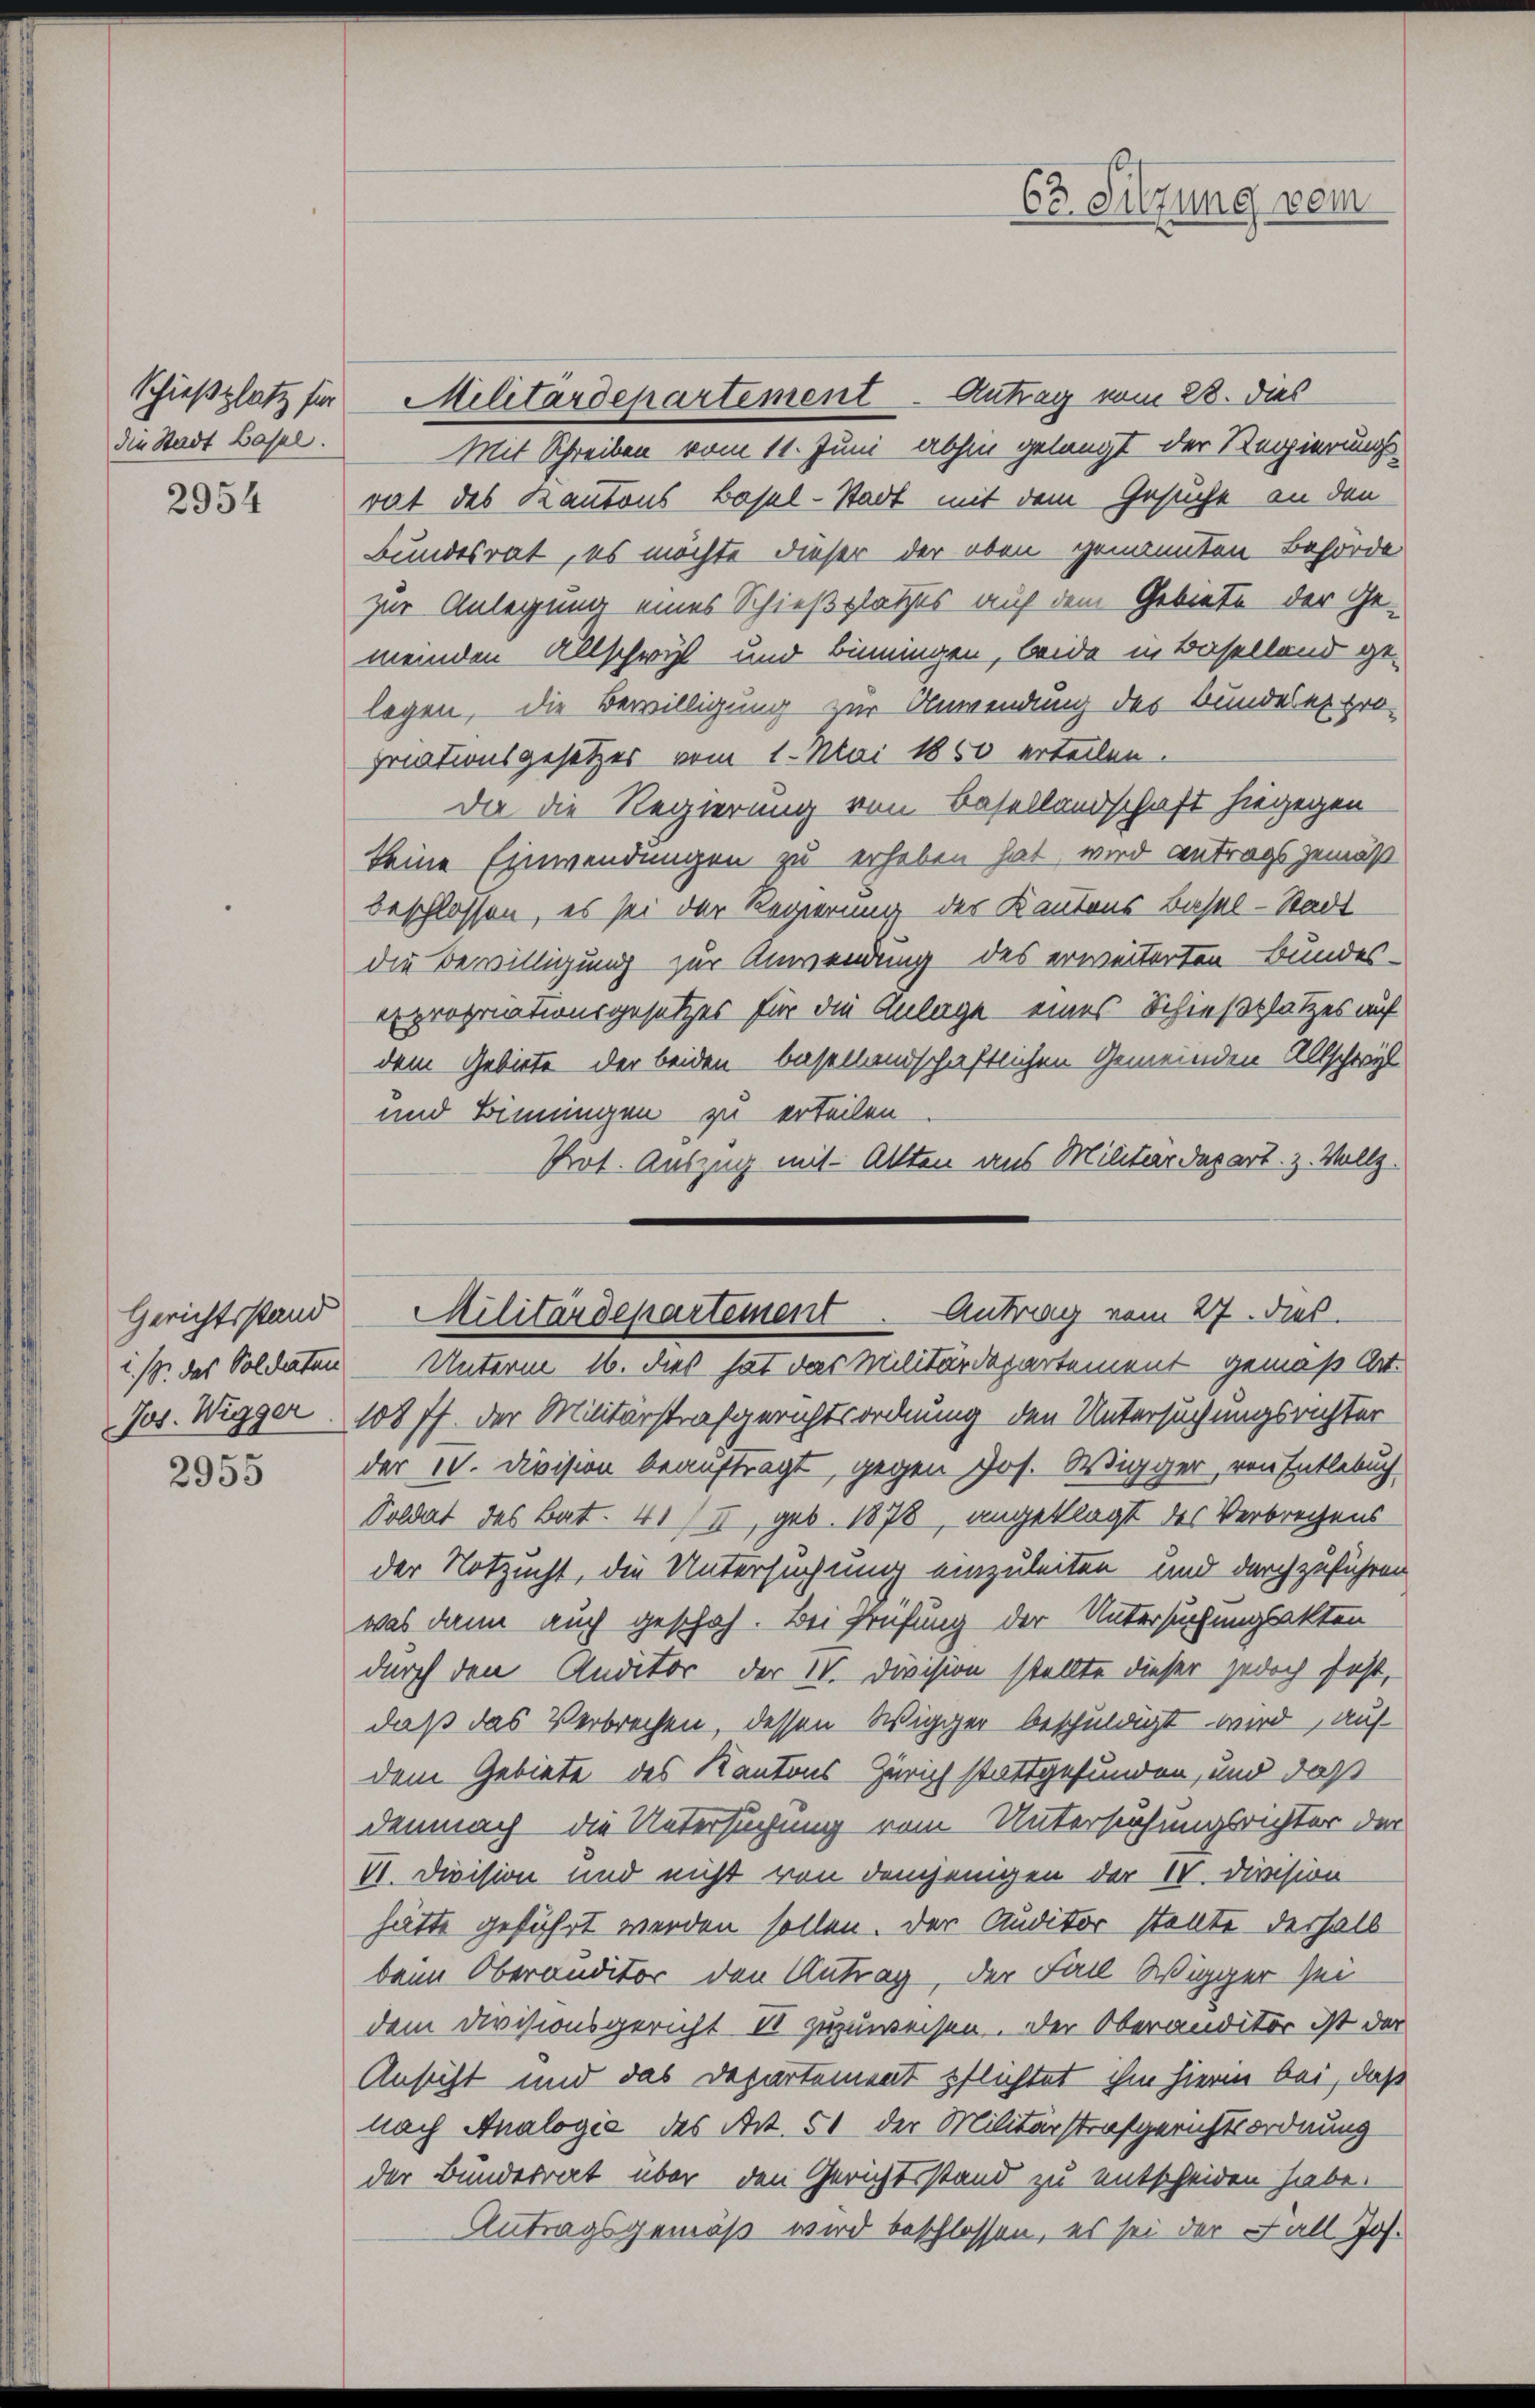
die Stadt Basel.

2954

Gerichtsstand
i. 1. das Soldaten

2955

Schießplatz für Militärdepartement - Antrag vom 28. dies
Mit Schreiben vom 11. Juni abhin gelangt der Regierungsrat des Kantons Basel-Stadt mit dem Gesuche an den
Bundesrat, es möchte dieser der oben genannten Behörde
zur Anlegung eines Schießplatzes auf dem Gebiete der Ge-
meinden Allschwyl und binningen, beide in Baselland ge-
logen, die Bewilligung zur Anwendung des Bundesexpro-
priationsgesetzes vom 1. Mai 1850 erteilen.
Da die Regierung von Basellandschaft hiegegen
keine Einwendungen zu erheben hat, wird antrags gemäß
beschlossen, es sei der Regierung des Kantons Basel-Stadt
die Bewilligung zur Anwendung des erweiterten Bundes-
propriationsgesetzes für die Anlage eines Schießplatzes auf
dem Gebiete der beiden besellandschaftlichen Gemeinden Allschwyl
und Binnungen zu erteilen.
Prot. Auszug mit Allten aus Militärdepart. z. Vollz
Unterm 16. dies hat das Militärdepartement gemäß Art.
Jos. Wigger. 108 ff. der Militärstrafgerichtsordnung den Untersuchungsrichter
der II. Division beauftragt, gegen Jos. Wigger, von Entlebuch
Soldat des Bat. 41 / II, geb. 1878 angeklagt des Verbrechens
der Notzucht, die Untersuchung einzuleiten und durchzuführen
was dann auch geschah. Bei Prüfung der Untersuchungsakten
durch den Auditor der Dr. Division stellte dieser jedoch fest,
daß das Verbrechen, dessen Wigger beschuldigt wird, auf
dem Gebiete des Kantons Zürich stattgefunden, und daß
demnach die Untersuchung vom Untersuchungsrichter der
VI. Division und nicht von demjenigen der IV. Division
hätte geführt werden sollen. Der Auditor stellte deshalb
beim Oberanditor den Antrag, der Fall Wigger sei
dem Divisionsgericht II zuzuweisen. Der Oberanditor ist der
Ansicht und das Departement pflichtet ihm hierin bei, daß
nach Analogie des Art. 51 der Militärstrafgerichtsordnung
der Bundesrat über den Gerichtsstand zu entscheiden habe.
Antragsgemäß wird beschlossen, es sei der Fall Jos.

63. Sitzung vom

Militärdepartement. Antrag vom 27. dies